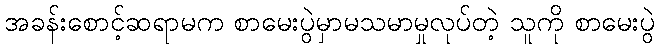
အခန်းစောင့်ဆရာမက စာမေးပွဲမှာမသမာမှုလုပ်တဲ့ သူကို စာမေးပွဲ